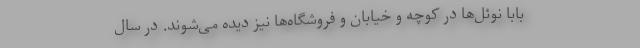
بابا نوئل‌ها در کوچه و خیابان و فروشگاه‌ها نیز دیده می‌شوند. در سال